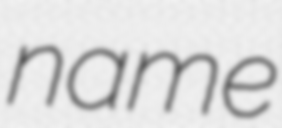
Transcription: name